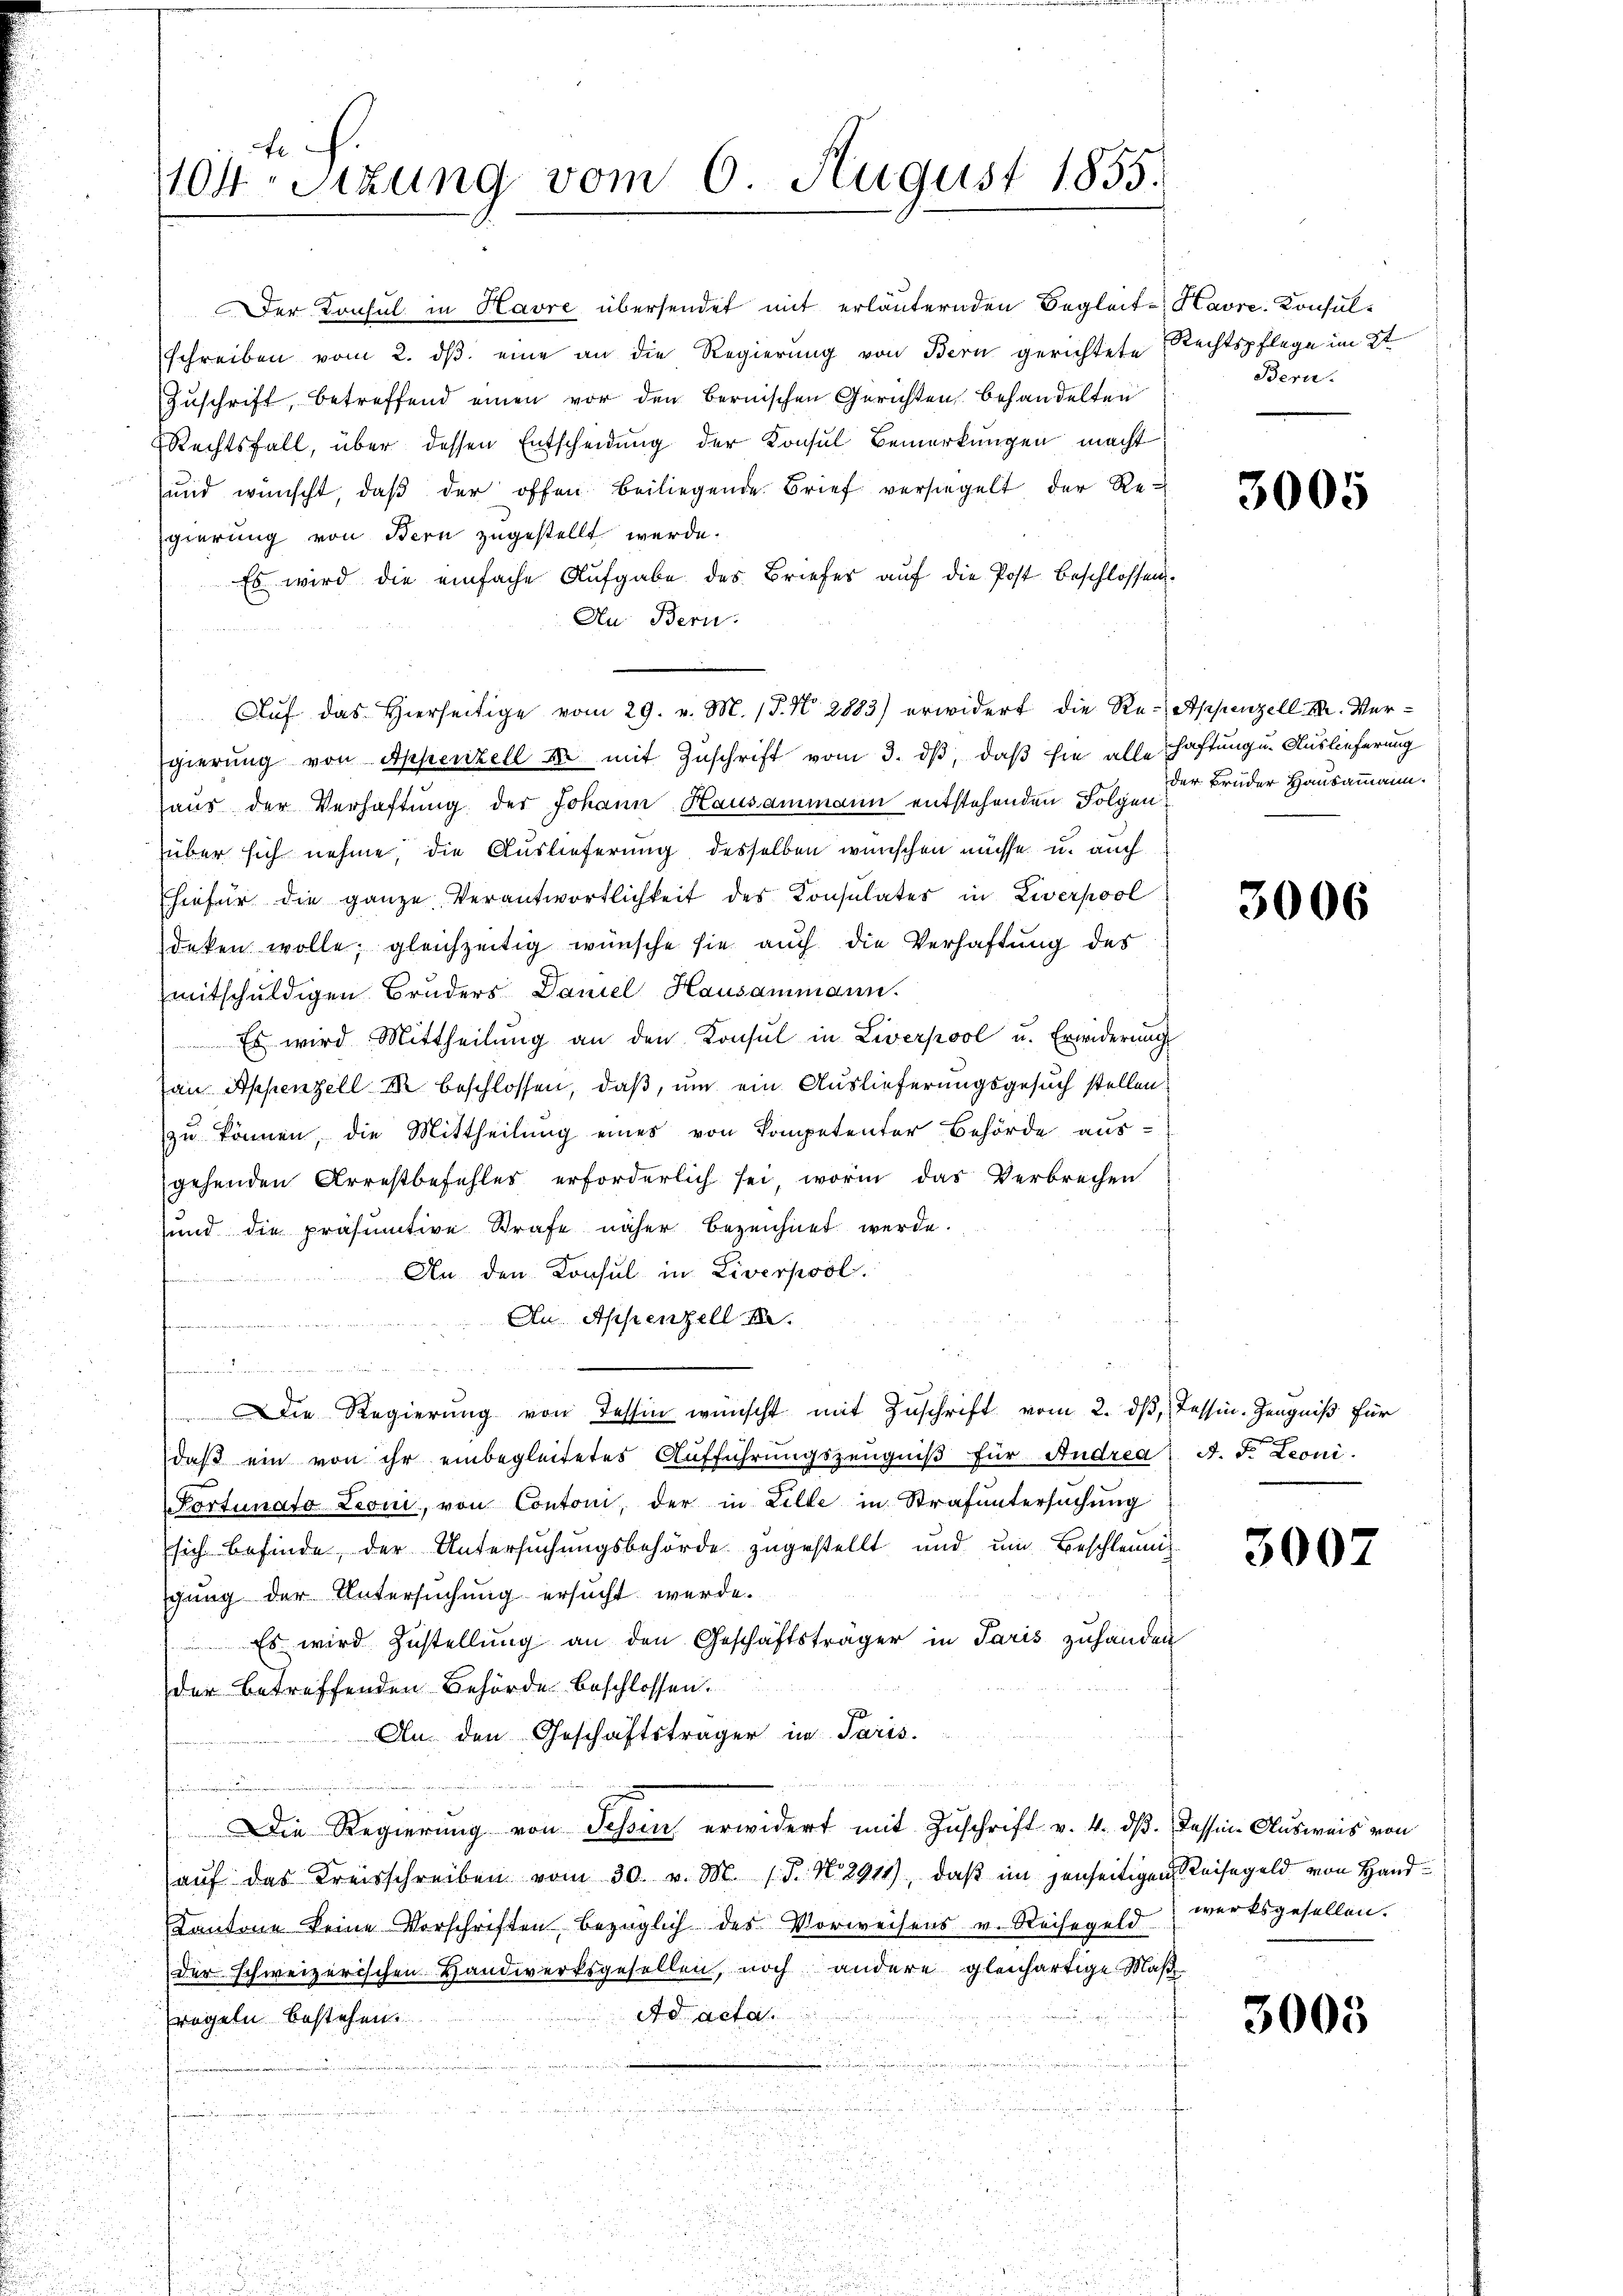
te ich.
1104. Sitzung vom 6. August 1855.

Der Konsul in Havre übersendet mit erläuternden Begleit- Havre-Konsulschreiben vom 2. dβ eine an die Regierung von Bern gerichtete Rechtspflege im St
Zuschrift, betreffend einen vor den Bernischen Gerichten behandelten
Rechtsfall, über dessen Entscheidung der Konsul Bemerkungen macht
und wünscht, daβ der offen beiliegende Brief versiegelt der Re-
gierung von Bern zugestellt werde.
Es wird die einfache Aufgabe des Briefes aŭf die Post beschlossen.
An: Bern.
228
gierŭng von Appenzell u. mit Zuschrift vom 3. dβ, daß hie alle haftung u. Auslieferung
haus der Verhaftung der Johann Hausammann entstehenden Folgen
über sich nehme, die Auslieferung desselben wünschen müsse u. auch
hiefür die ganze Verantwortlichkeit des Konsulates in Liverpool
deken wolle; gleichzeitig wünsche sie auch die Verhaftung des
mitschuldigen Bruders Daniel Hausammann.
Es wird Mittheilŭng an den Konsul in Liverpool u. Erwiderŭng
an Appenzell I beschlossen, daß, um ein Auslieferungsgesuch stellen.
zu können, die Mittheilung eines von Kompetenter Behörde aus-
gehenden Arrestbefehles erforderlich sei, worin das Verbrechen
sund die präsumtive Strafe näher bezeichnet werde.
An den Konsul in Liverpool.
t
Au Appenzell A.
u
 Die Regierŭng von Tessin wünscht mit Zuschrift vom 2. dβ, Tessin-Zeugniß für
daβ ein von ihr einbegleitetes Aŭfführŭngszeŭgniβ für Andrea A. F. Leoni.
Portunato Lioni, von Contoni, der in Lille in Strafuntersuchung
sich befinde, der Untersuchungsbehörde zugestellt und um Beschleunig
gung der Untersuchung ersucht werde.
Es wird Zustellung an den Geschäftsträger in Paris zuhanden
der betreffenden Behörde beschlossen.
An den Geschäftsträger in Paris.
Die Regierung von Schon erwidert mit Zuschrift v. 4. dß. Dassen Ausweis von
aŭf das Kreisschreiben vom 30. v. M. 18. No. 2911), daß im jenseitigen Weisegeld von Hand¬
Kantone keine Vorschriften bezüglich des Vorweisens v. Reisegeld wirksgesellen.
der schweizerischen Handwerksgesellen, noch andere gleichartige Maß
Ad acta.
regeln bestehen

Aŭf das Hierseitige vom 29. v. M. (T. N. 2883) erwidert die Re-Appenzell A. Ver¬

Bern.

3005

der Bruder Hausammann.

3006

3007

3005